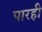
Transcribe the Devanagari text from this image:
पारही